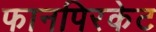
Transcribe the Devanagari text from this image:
फानपिरकेट